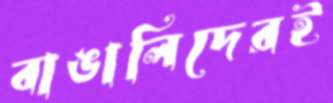
বাঙালিদেরই